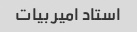
استاد امیر بیات